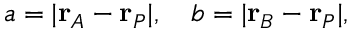
a = | \mathbf { r } _ { A } - \mathbf { r } _ { P } | , \quad b = | \mathbf { r } _ { B } - \mathbf { r } _ { P } | ,